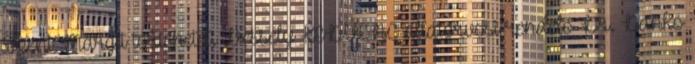
Szent Margit történetét. Wessely KEDVENC állatorvosi rendelő Dr. Dankó